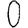
Digit: 0